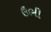
ઉભી